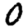
Digit: 0